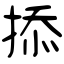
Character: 掭